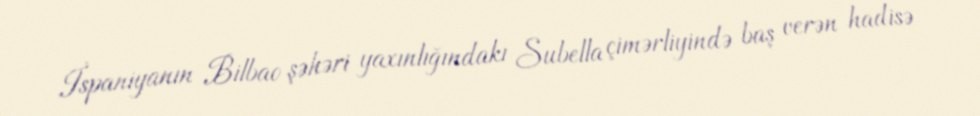
İspaniyanın Bilbao şəhəri yaxınlığındakı Subella çimərliyində baş verən hadisə